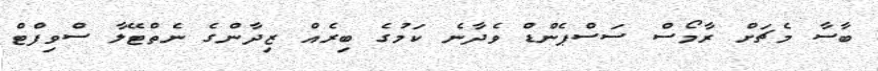
ބާސާ މެޗަށް ރާމޯސް ސަސްޕެންޑް ވެދާނެ ކަމުގެ ބިރެއް ޒިދާންގެ ނެތްޓޭލާ ސްވިފްޓް